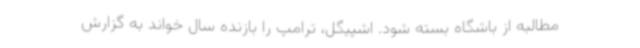
مطالبه از باشگاه بسته شود. اشپیگل، ترامپ را بازنده سال خواند به گزارش